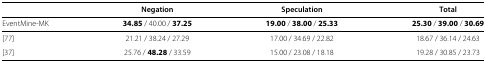
<table><thead><tr><td><b> </b></td><td><b>Negation</b></td><td><b>Speculation</b></td><td><b>Total</b></td></tr></thead><tbody><tr><td>EventMine-MK</td><td><b>34.85</b> / 40.00 / <b>37.25</b></td><td><b>19.00</b> / <b>38.00</b> / <b>25.33</b></td><td><b>25.30</b> / <b>39.00</b> / <b>30.69</b></td></tr><tr><td>[77]</td><td>21.21 / 38.24 / 27.29</td><td>17.00 / 34.69 / 22.82</td><td>18.67 / 36.14 / 24.63</td></tr><tr><td>[37]</td><td>25.76 / <b>48.28</b> / 33.59</td><td>15.00 / 23.08 / 18.18</td><td>19.28 / 30.85 / 23.73</td></tr></tbody></table>